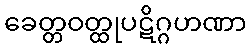
ခေတ္တဝတ္ထုပဋိဂ္ဂဟဏာ